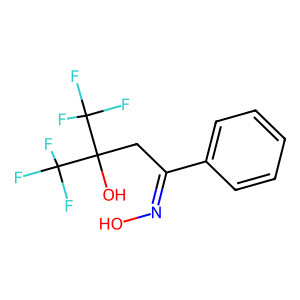
SMILES: ON=C(CC(O)(C(F)(F)F)C(F)(F)F)c1ccccc1
Inhibits HIV replication: No